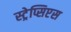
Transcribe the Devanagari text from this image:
स्ट्रेप्सिप्टस